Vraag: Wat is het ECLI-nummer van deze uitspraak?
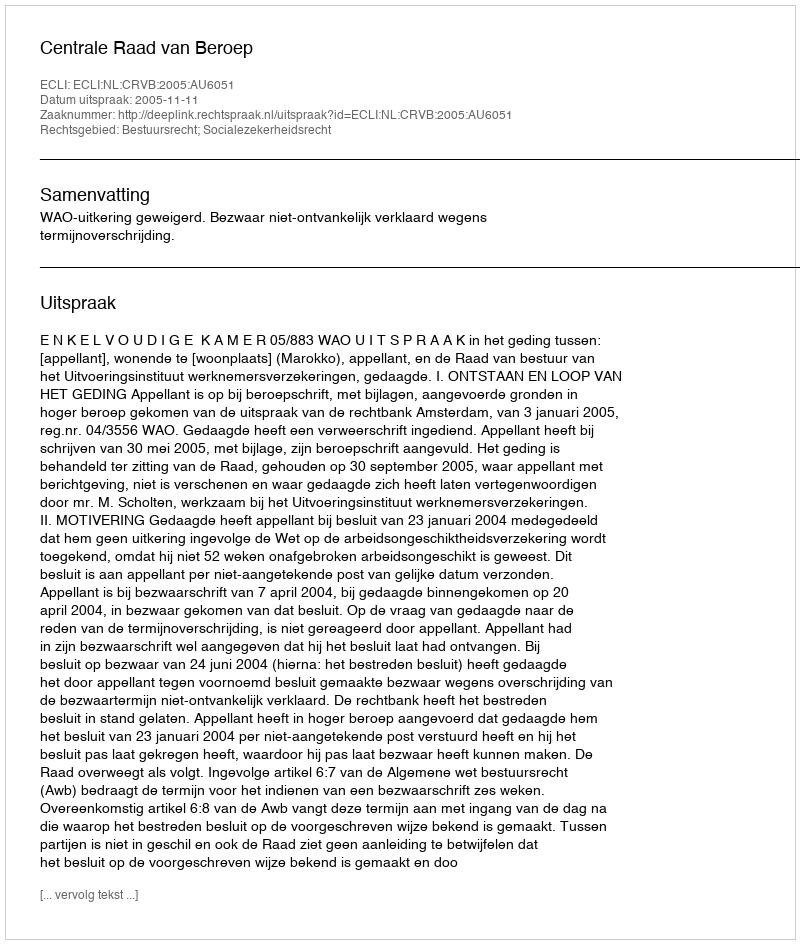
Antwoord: ECLI:NL:CRVB:2005:AU6051